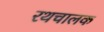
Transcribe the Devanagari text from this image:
रथचालक